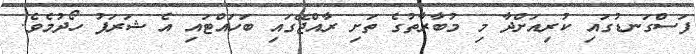
ފަސްގަނޑުގައި ކުރިއަށްދާ މި މުބާރާތުގެ ތަށި ރާއްޖޭގައި ބަހައްޓައި އެ ޝަރަފު ހޯދުމެވެ.